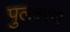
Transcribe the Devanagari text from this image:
पुलस्‍त्‍य